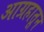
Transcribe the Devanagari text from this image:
आग्रहातून